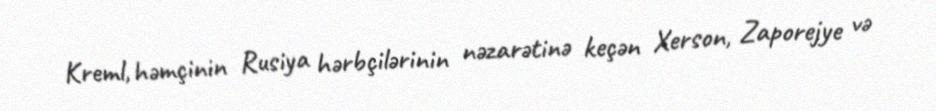
Kreml, həmçinin Rusiya hərbçilərinin nəzarətinə keçən Xerson, Zaporejye və